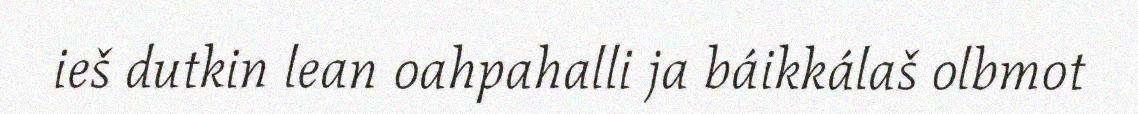
ieš dutkin lean oahpahalli ja báikkálaš olbmot